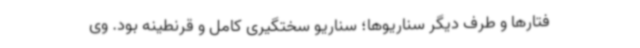
فتارها و طرف دیگر سناریوها؛ سناریو سختگیری کامل و قرنطینه‌ بود. وی